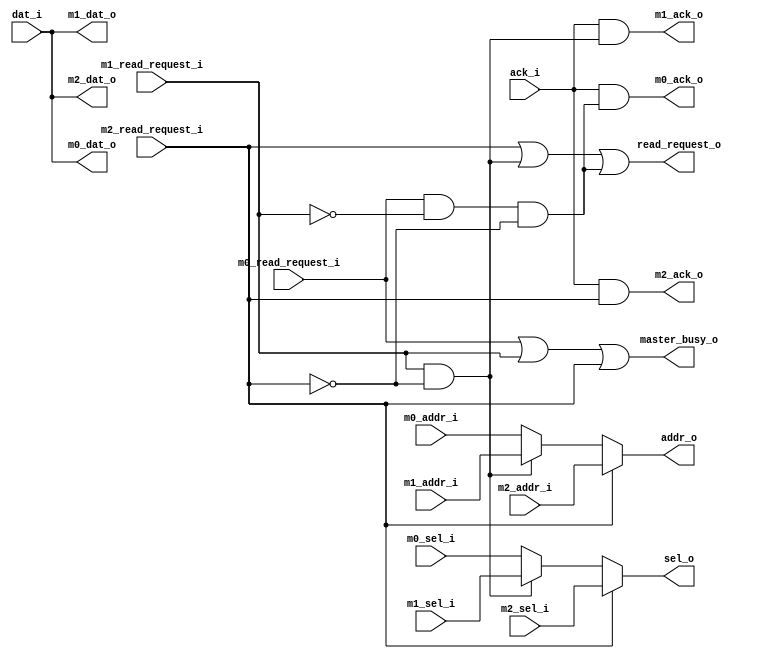
module gfx_wbm_read_arbiter
  (
   master_busy_o,
   // Interface against the wbm read module
   read_request_o,
   addr_o,
   sel_o,
   dat_i,
   ack_i,
   // Interface against masters (clip)
   m0_read_request_i,
   m0_addr_i,
   m0_sel_i,
   m0_dat_o,
   m0_ack_o,
   // Interface against masters (fragment processor)
   m1_read_request_i,
   m1_addr_i,
   m1_sel_i,
   m1_dat_o,
   m1_ack_o,
   // Interface against masters (blender)
   m2_read_request_i,
   m2_addr_i,
   m2_sel_i,
   m2_dat_o,
   m2_ack_o
   );

output        master_busy_o;
// Interface against the wbm read module
output        read_request_o;
output [31:2] addr_o;
output  [3:0] sel_o;
input  [31:0] dat_i;
input         ack_i;
// Interface against masters (clip)
input         m0_read_request_i;
input  [31:2] m0_addr_i;
input   [3:0] m0_sel_i;
output [31:0] m0_dat_o;
output        m0_ack_o;
// Interface against masters (fragment processor)
input         m1_read_request_i;
input  [31:2] m1_addr_i;
input   [3:0] m1_sel_i;
output [31:0] m1_dat_o;
output        m1_ack_o;
// Interface against masters (blender)
input         m2_read_request_i;
input  [31:2] m2_addr_i;
input   [3:0] m2_sel_i;
output [31:0] m2_dat_o;
output        m2_ack_o;

// Master ins -> |MUX> -> these wires
wire        rreq_w;
wire [31:2] addr_w;
wire  [3:0] sel_w;
// Slave ins -> |MUX> -> these wires
wire [31:0] dat_w;
wire        ack_w;

// Master select (MUX controls)
wire [2:0] master_sel;

assign master_busy_o = m0_read_request_i | m1_read_request_i | m2_read_request_i;

// priority to wbm1, the blender master
assign master_sel[0] = m0_read_request_i & !m1_read_request_i & !m2_read_request_i;
assign master_sel[1] = m1_read_request_i & !m2_read_request_i;
assign master_sel[2] = m2_read_request_i;

// Master input mux, priority to blender master
assign m0_dat_o = dat_i;
assign m0_ack_o = ack_i & master_sel[0];

assign m1_dat_o = dat_i;
assign m1_ack_o = ack_i & master_sel[1];

assign m2_dat_o = dat_i;
assign m2_ack_o = ack_i & master_sel[2];

assign read_request_o = master_sel[2] |
                        master_sel[1] |
                        master_sel[0];

assign addr_o = master_sel[2] ? m2_addr_i :
                master_sel[1] ? m1_addr_i :
	                              m0_addr_i;
assign sel_o  = master_sel[2] ? m2_sel_i :
                master_sel[1] ? m1_sel_i :
	                              m0_sel_i;
   
endmodule